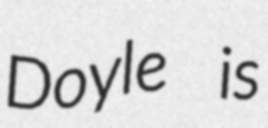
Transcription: Doyle is